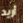
أريد